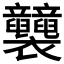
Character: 𧟛